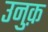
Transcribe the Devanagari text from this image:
उनुक़